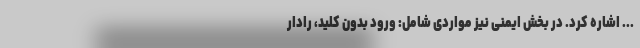
... اشاره کرد. در بخش ایمنی نیز مواردی شامل: ورود بدون کلید، رادار